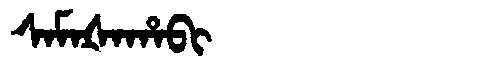
Manchu: ᠰᠠᠮᠠᡧᠠᡥᠠᠪᡳ
Romanization: SAMAŠAHABI